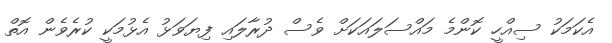
އެކަމަކު ސިއްހީ ކޮންމެ މައްސަލައަކަށް ވެސް ދުރާލައި ފިޔަވަޅު އެޅުމަކީ ކުރެވެން އޮތް